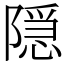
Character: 隠